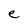
Character: e